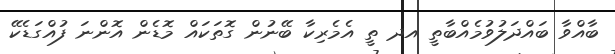
ބާއްވާ ބައްދަލުވުމެއްބާތީ އދ ތީ އެމެރިކާ ބޭނުން ގޮތަކައް މޮޑެން އޮންނަ ފުއްގަޑެކޭ